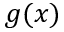
g ( x )